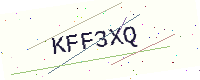
Text: KFF3XQ